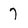
Character: 7